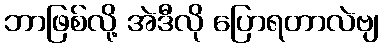
ဘာဖြစ်လို့ အဲဒီလို ပြောရတာလဲဗျ